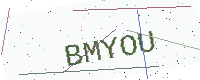
Text: BMYOU